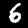
Label: 6